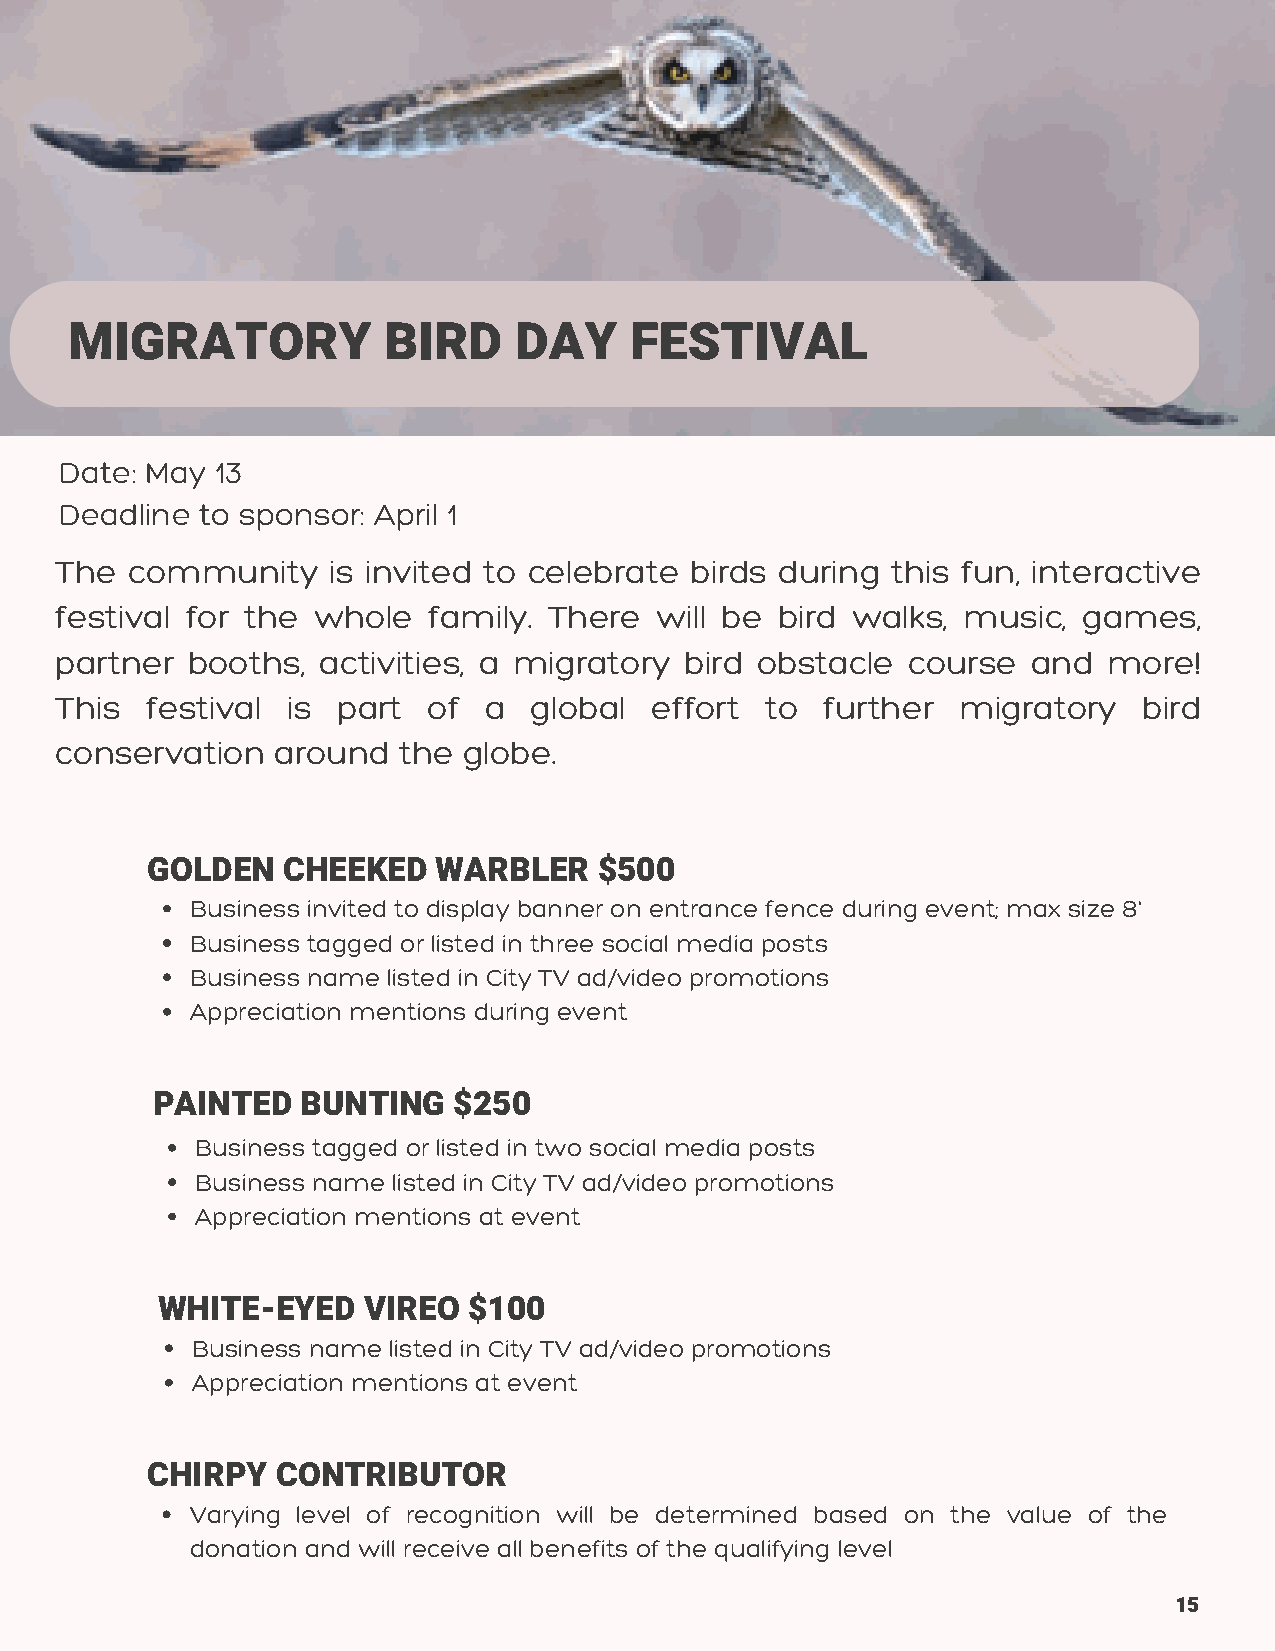
MIGRATORY           BIRD     DAY     FESTIVAL
 Date: May 13
 Deadline to sponsor: April 1
 The community     is invited to celebrate birds during this fun, interactive
 festival for the whole  family. There  will be bird walks,  music,  games,
 partner booths,  activities, a migratory bird obstacle  course  and  more!
 This  festival is part  of  a  global  effort  to  further migratory    bird
 conservation  around  the  globe.
 GOLDEN   CHEEKED   WARBLER    $500
 Business invited to display banner on entrance fence during event; max size 8'
 Business tagged or listed in three social media posts
 Business name listed in City TV ad/video promotions
 Appreciation mentions during event
 PAINTED   BUNTING   $250
 Business tagged or listed in two social media posts
 Business name listed in City TV ad/video promotions
 Appreciation mentions at event
 WHITE-EYED    VIREO  $100
 Business name listed in City TV ad/video promotions
 Appreciation mentions at event
 CHIRPY  CONTRIBUTOR
 Varying level of recognition will be determined based on the value of the
 donation and will receive all benefits of the qualifying level
 15